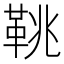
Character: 鞉